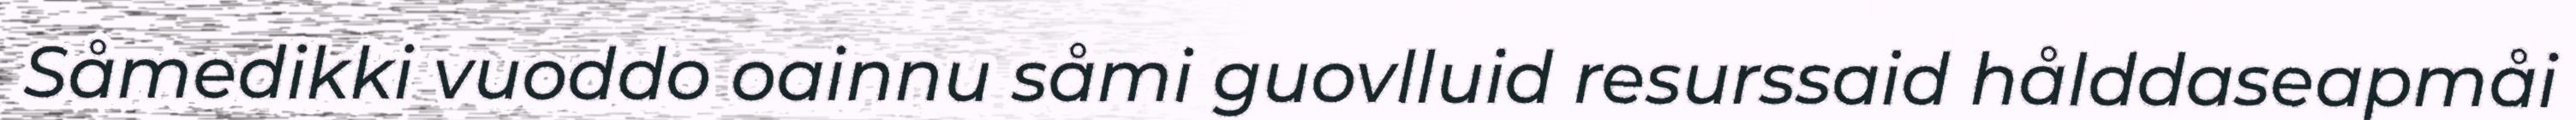
Såmedikki vuoddo oainnu såmi guovlluid resurssaid hålddaseapmåi